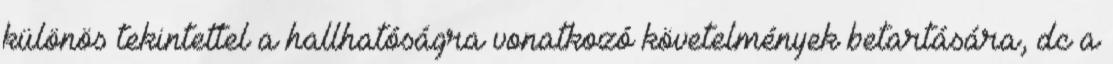
különös tekintettel a hallhatóságra vonatkozó követelmények betartására, dc a